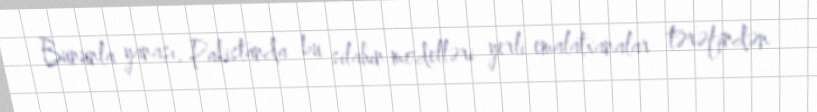
Bununla yanaşı, Pakistanda bu silahın modelləri yerli emalatxanalar tərəfindən